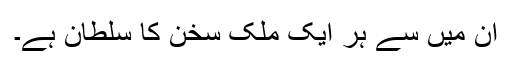
اُن میں سے ہر ایک مُلکِ سُخن کا سُلطان ہے۔